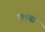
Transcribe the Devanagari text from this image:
एलबो